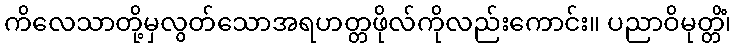
ကိလေသာတို့မှလွတ်သောအရဟတ္တဖိုလ်ကိုလည်းကောင်း။ ပညာဝိမုတ္တိံ၊